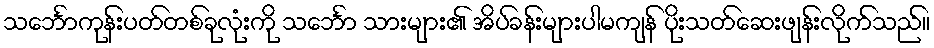
သင်္ဘောကုန်းပတ်တစ်ခုလုံးကို သင်္ဘော သားများ၏ အိပ်ခန်းများပါမကျန် ပိုးသတ်ဆေးဖျန်းလိုက်သည်။